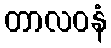
တာလဝနံ